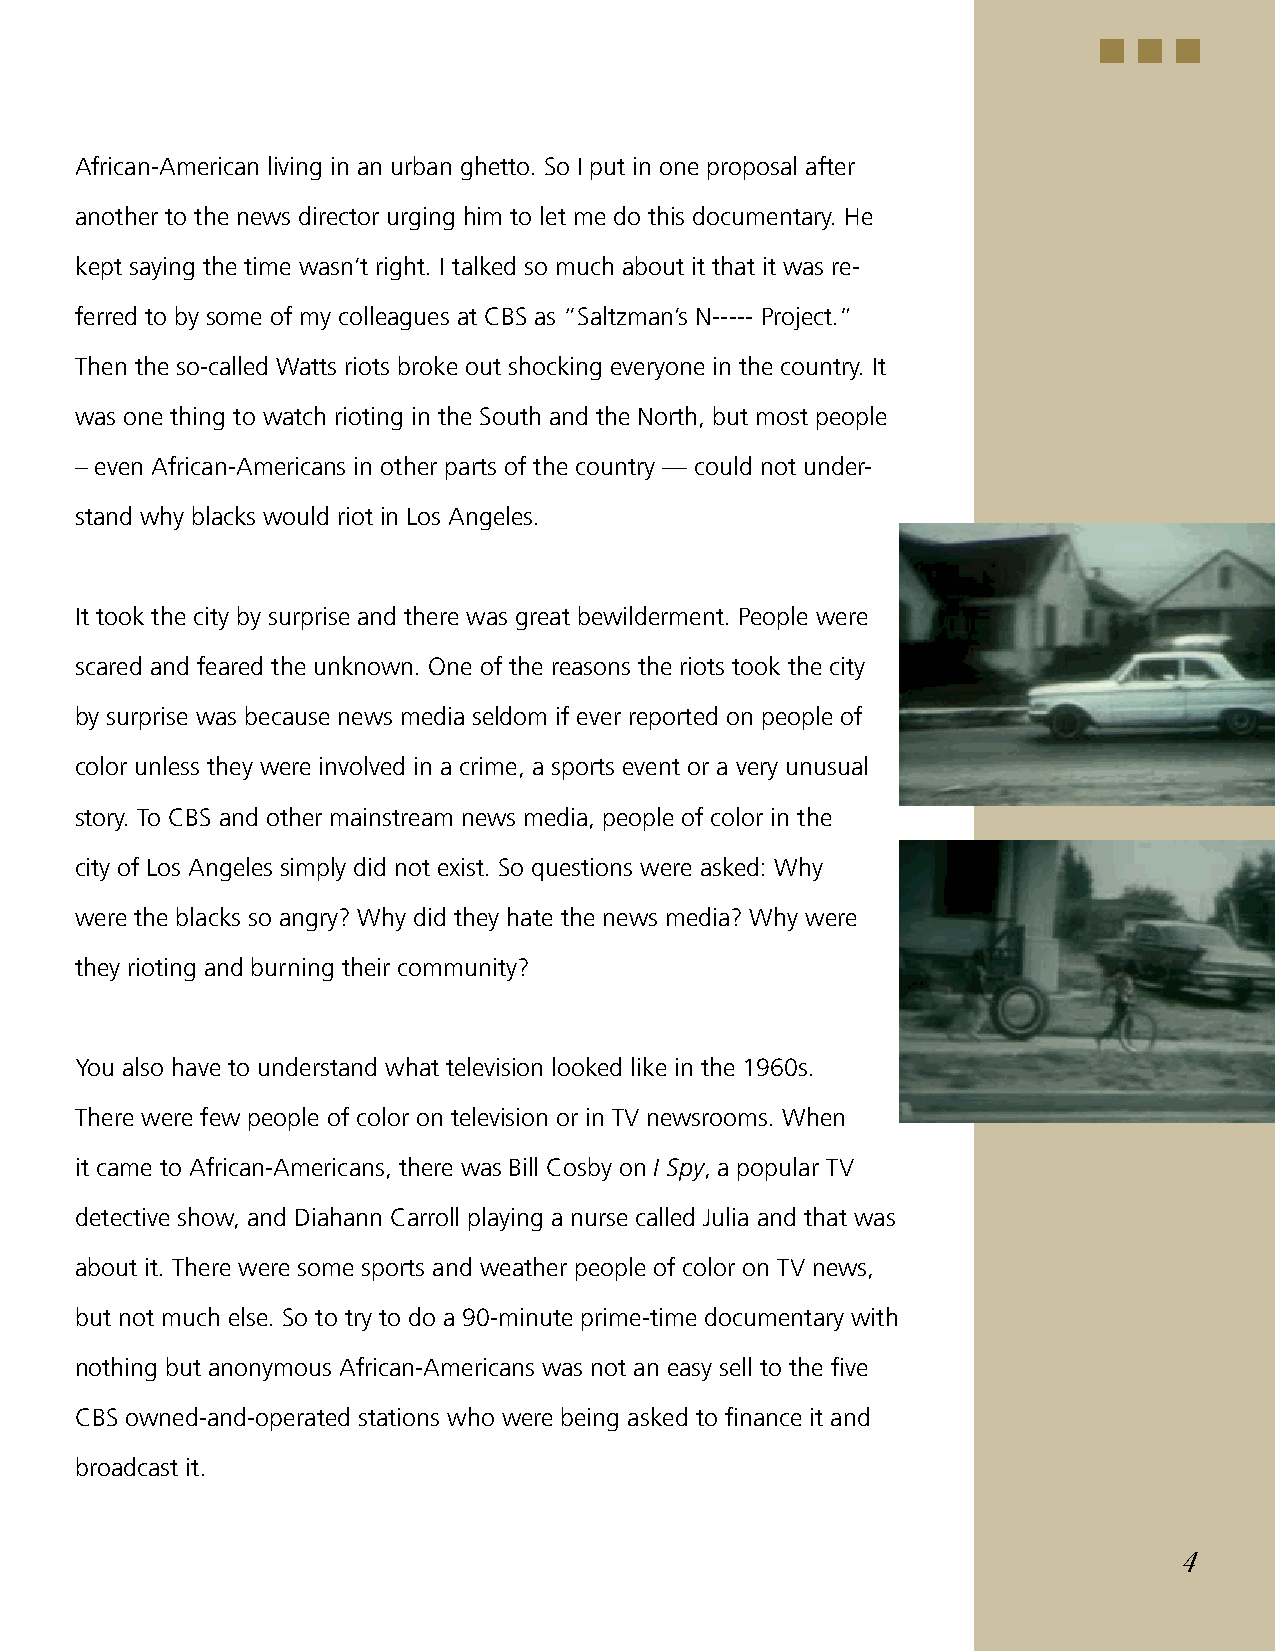
African-American living in an urban ghetto. So I put in one proposal after
 another to the news director urging him to let me do this documentary. He
 kept saying the time wasn’t right. I talked so much about it that it was re-
 ferred to by some of my colleagues at CBS as “Saltzman’s N----- Project.”
 Then the so-called Watts riots broke out shocking everyone in the country. It
 was one thing to watch rioting in the South and the North, but most people
 – even African-Americans in other parts of the country — could not under-
 stand why blacks would riot in Los Angeles.
 It took the city by surprise and there was great bewilderment. People were
 scared and feared the unknown. One of the reasons the riots took the city
 by surprise was because news media seldom if ever reported on people of
 color unless they were involved in a crime, a sports event or a very unusual
 story. To CBS and other mainstream news media, people of color in the
 city of Los Angeles simply did not exist. So questions were asked: Why
 were the blacks so angry? Why did they hate the news media? Why were
 they rioting and burning their community?
 You also have to understand what television looked like in the 1960s.
 There were few people of color on television or in TV newsrooms. When
 it came to African-Americans, there was Bill Cosby on I Spy, a popular TV
 detective show, and Diahann Carroll playing a nurse called Julia and that was
 about it. There were some sports and weather people of color on TV news,
 but not much else. So to try to do a 90-minute prime-time documentary with
 nothing but anonymous African-Americans was not an easy sell to the five
 CBS owned-and-operated stations who were being asked to finance it and
 broadcast it.
 4